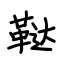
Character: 鞑